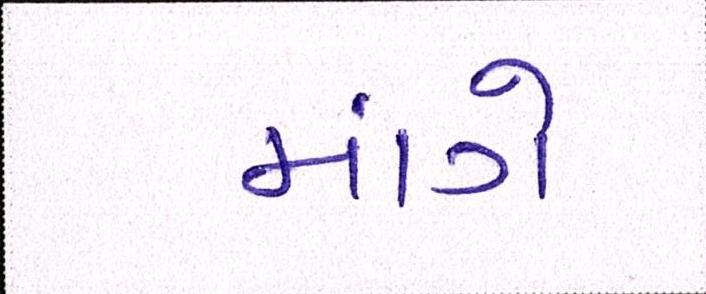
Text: માંગે